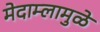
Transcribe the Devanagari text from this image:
मेदाम्लामुळे